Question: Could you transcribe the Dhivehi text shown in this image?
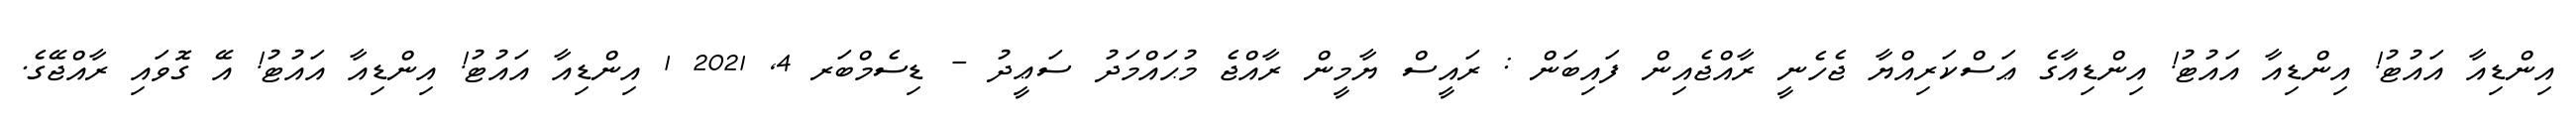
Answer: އިންޑިއާ އައުޓު! އިންޑިއާ އައުޓު! އިންޑިއާގެ ޢަސްކަރިއްޔާ ޖެހެނީ ރާއްޖެއިން ފައިބަން : ރައީސް ޔާމީން ރާއްޖެ މުޙައްމަދު ސަޢީދު - ޑިސެމްބަރ 4, 2021 1 އިންޑިއާ އައުޓު! އިންޑިއާ އައުޓު! އޭ ގޮވައި ރާއްޖޭގެ.